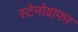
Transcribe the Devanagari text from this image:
स्टेनोग्राफर